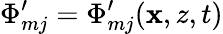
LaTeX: \Phi_{mj}^{\prime}=\Phi_{mj}^{\prime}(\mathbf{x},z,t)